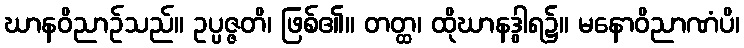
ဃာနဝိညာဉ်သည်။ ဥပ္ပဇ္ဇတိ၊ ဖြစ်၏။ တတ္ထ၊ ထိုဃာနဒွါရ၌။ မနောဝိညာဏံပိ၊